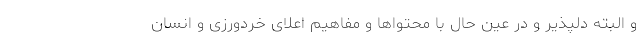
و البته دلپذیر و در عین حال با محتواها و مفاهیم اعلای خردورزی و انسان